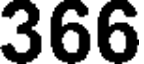
366